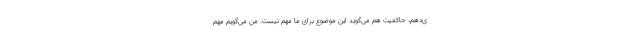
ی‌دهم، حاکمیت هم می‌گوید این موضوع برای ما مهم نیست. من می‌گویم مهم